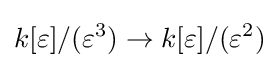
k[\varepsilon ]/(\varepsilon ^{3})\to k[\varepsilon ]/(\varepsilon ^{2})